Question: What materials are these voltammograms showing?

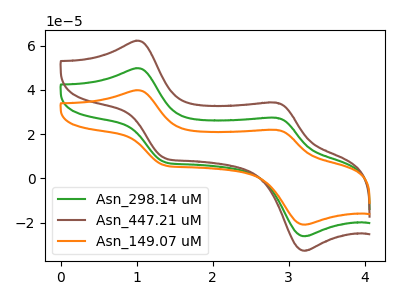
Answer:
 <answer>The green curve is labeled "Asn_298.14 uM". The brown curve is labeled "Asn_447.21 uM". The orange curve is labeled "Asn_149.07 uM".</answer>
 <eval></eval>